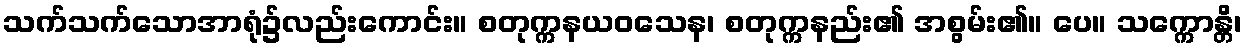
သက်သက်သောအာရုံ၌လည်းကောင်း။ စတုက္ကနယဝသေန၊ စတုက္ကနည်း၏ အစွမ်း၏။ ပေ။ သက္ကောန္တိ၊